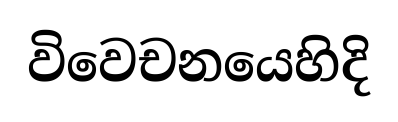
විවෙචනයෙහිදි